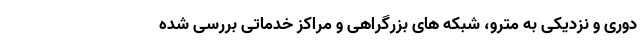
دوری و نزدیکی به مترو، شبکه های بزرگراهی و مراکز خدماتی بررسی شده